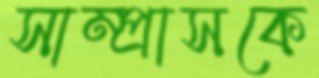
সাম্প্রাসকে